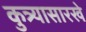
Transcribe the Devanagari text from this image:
कुत्र्यासारखे